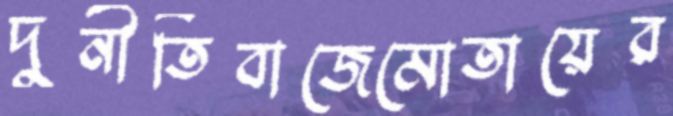
দুর্নীতিবাজেমোতায়ের